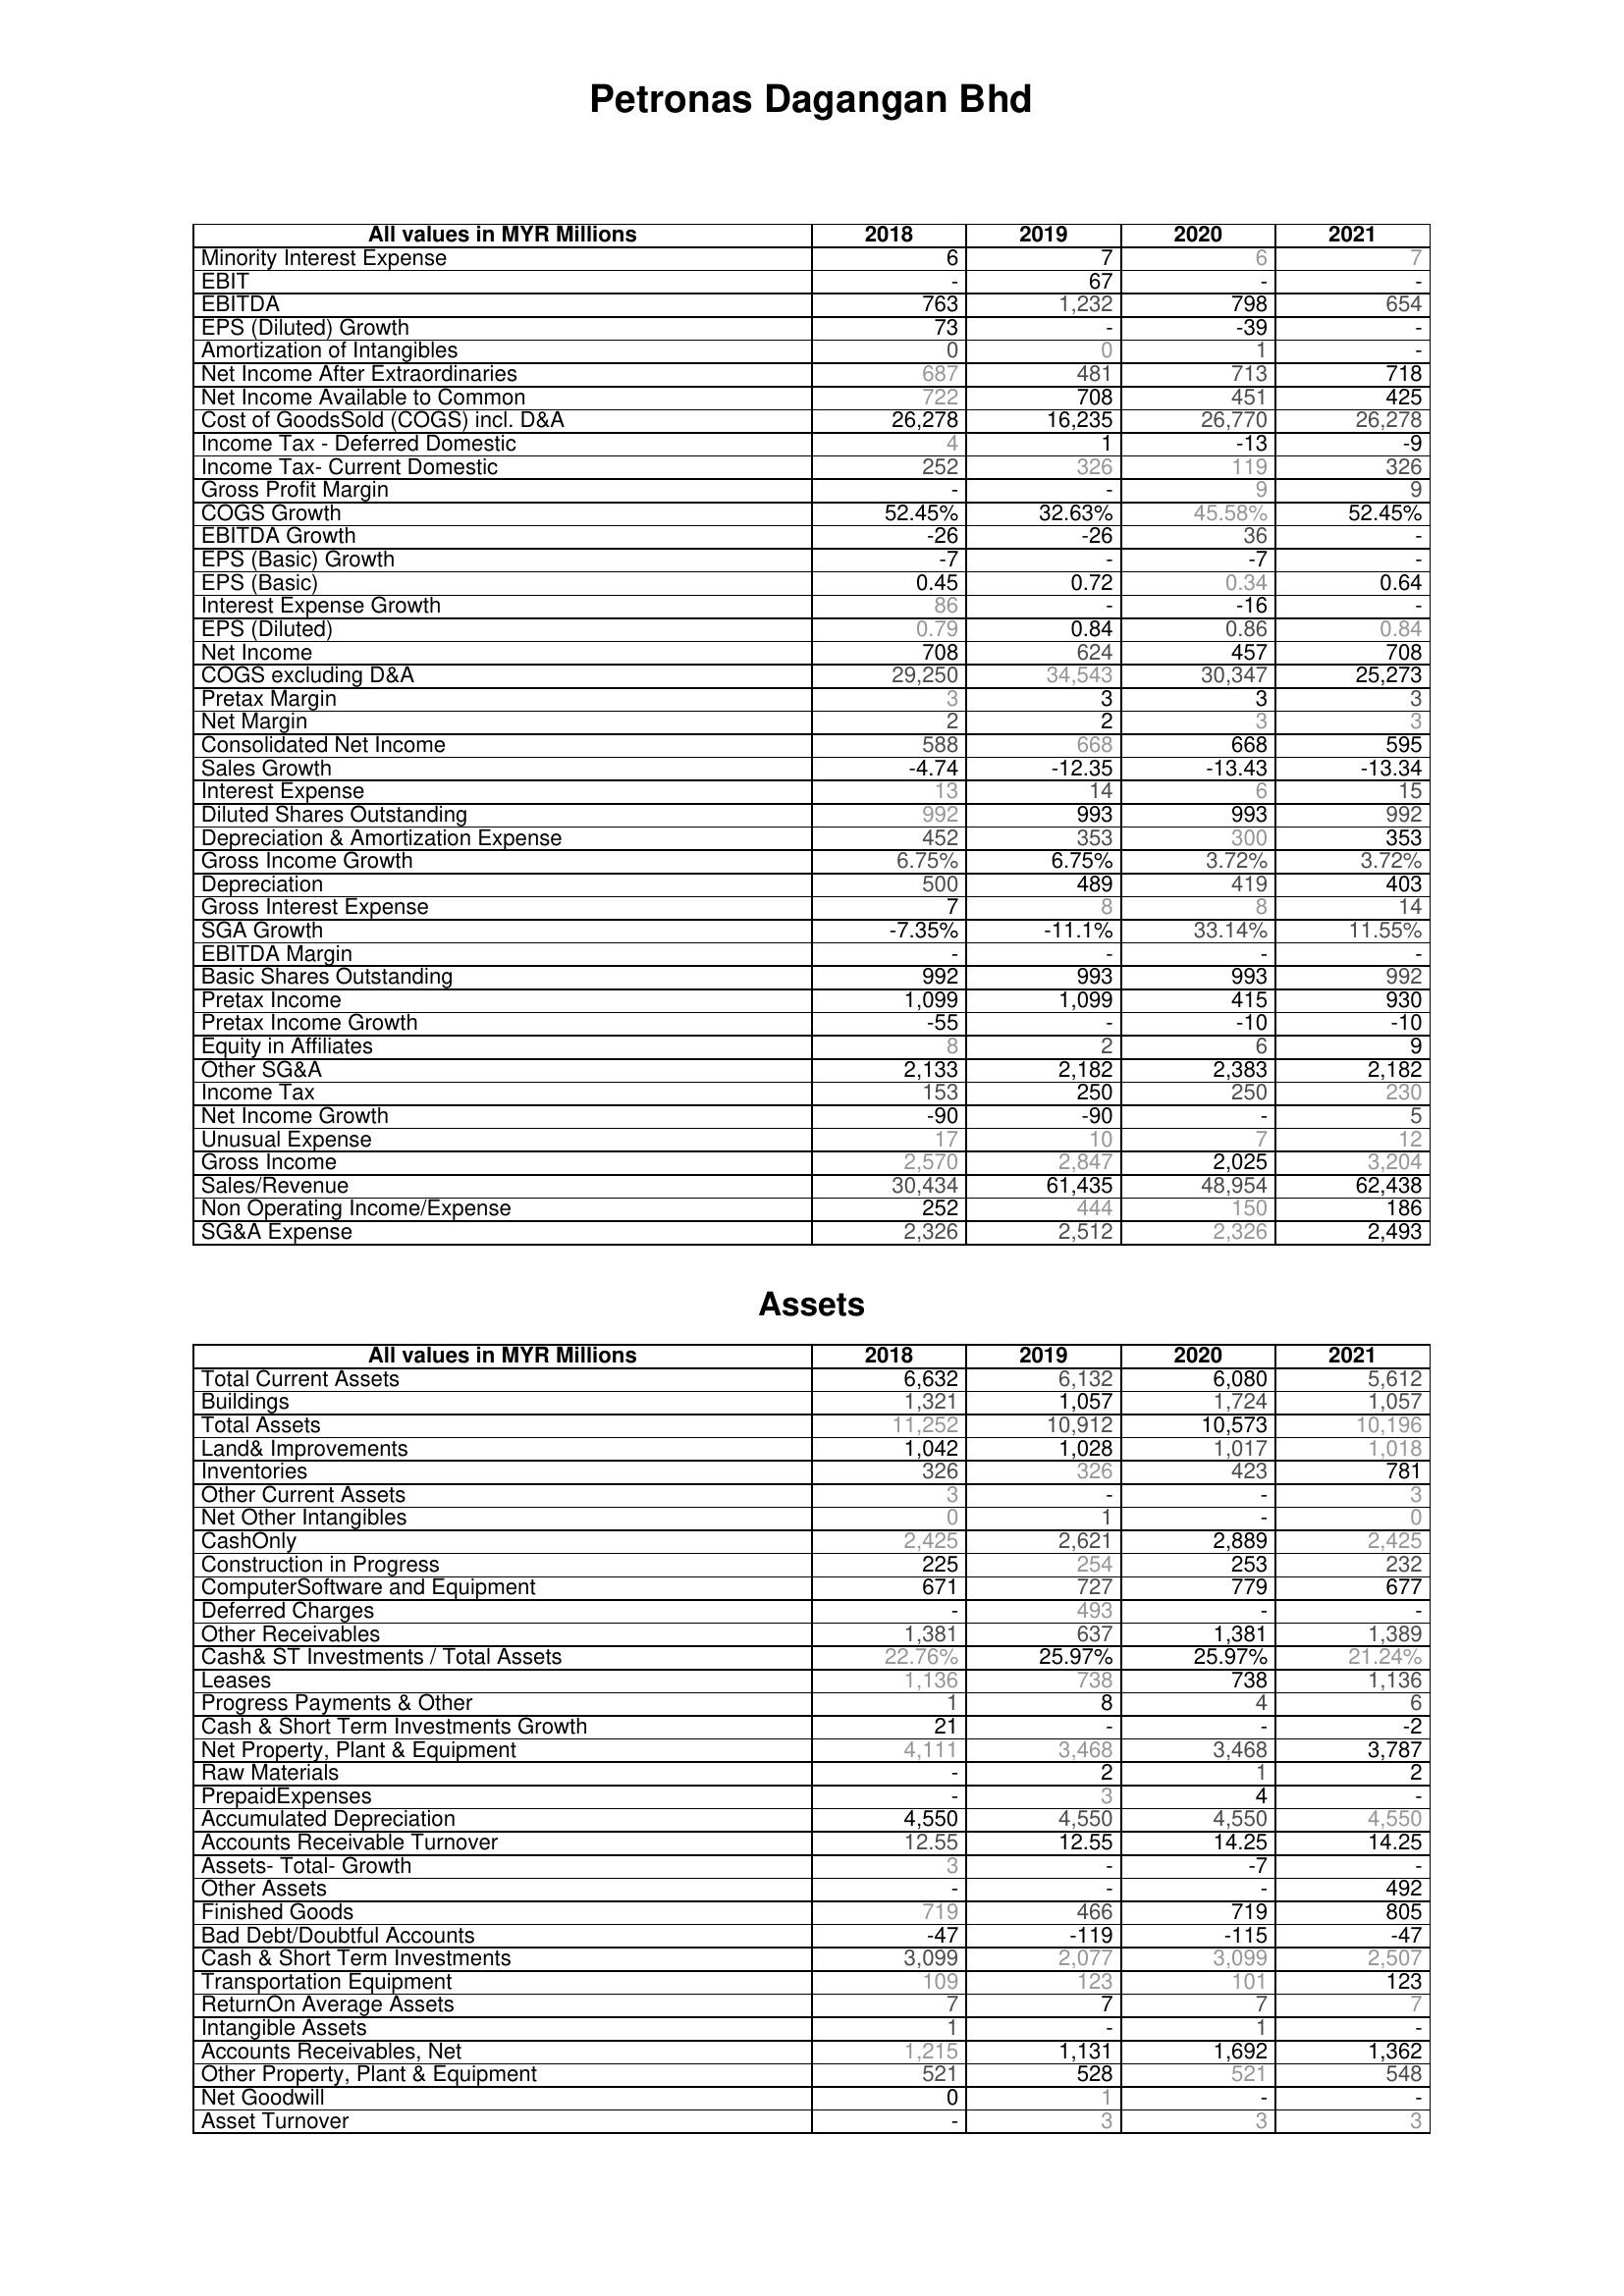
2018: : Minority Interest Expense: 6
EBIT: -
EBITDA: 763
EPS (Diluted) Growth: 73
Amortization of Intangibles: 0
Net Income After Extraordinaries: 687
Net Income Available to Common: 722
Cost of GoodsSold (COGS) incl. D&A: 26,278
Income Tax - Deferred Domestic: 4
Income Tax- Current Domestic: 252
Gross Profit Margin: -
COGS Growth: 52.45%
EBITDA Growth: -26
EPS (Basic) Growth: -7
EPS (Basic): 0.45
Interest Expense Growth: 86
EPS (Diluted): 0.79
Net Income: 708
COGS excluding D&A: 29,250
Pretax Margin: 3
Net Margin: 2
Consolidated Net Income: 588
Sales Growth: -4.74
Interest Expense: 13
Diluted Shares Outstanding: 992
Depreciation & Amortization Expense: 452
Gross Income Growth: 6.75%
Depreciation: 500
Gross Interest Expense: 7
SGA Growth: -7.35%
EBITDA Margin: -
Basic Shares Outstanding: 992
Pretax Income: 1,099
Pretax Income Growth: -55
Equity in Affiliates: 8
Other SG&A: 2,133
Income Tax: 153
Net Income Growth: -90
Unusual Expense: 17
Gross Income: 2,570
Sales/Revenue: 30,434
Non Operating Income/Expense: 252
SG&A Expense: 2,326
Assets: Total Current Assets: 6,632
Buildings: 1,321
Total Assets: 11,252
Land& Improvements: 1,042
Inventories: 326
Other Current Assets: 3
Net Other Intangibles: 0
CashOnly: 2,425
Construction in Progress: 225
ComputerSoftware and Equipment: 671
Deferred Charges: -
Other Receivables: 1,381
Cash& ST Investments / Total Assets: 22.76%
Leases: 1,136
Progress Payments & Other: 1
Cash & Short Term Investments Growth: 21
Net Property, Plant & Equipment: 4,111
Raw Materials: -
PrepaidExpenses: -
Accumulated Depreciation: 4,550
Accounts Receivable Turnover: 12.55
Assets- Total- Growth: 3
Other Assets: -
Finished Goods: 719
Bad Debt/Doubtful Accounts: -47
Cash & Short Term Investments: 3,099
Transportation Equipment: 109
ReturnOn Average Assets: 7
Intangible Assets: 1
Accounts Receivables, Net: 1,215
Other Property, Plant & Equipment: 521
Net Goodwill: 0
Asset Turnover: -
2019: : Minority Interest Expense: 7
EBIT: 67
EBITDA: 1,232
EPS (Diluted) Growth: -
Amortization of Intangibles: 0
Net Income After Extraordinaries: 481
Net Income Available to Common: 708
Cost of GoodsSold (COGS) incl. D&A: 16,235
Income Tax - Deferred Domestic: 1
Income Tax- Current Domestic: 326
Gross Profit Margin: -
COGS Growth: 32.63%
EBITDA Growth: -26
EPS (Basic) Growth: -
EPS (Basic): 0.72
Interest Expense Growth: -
EPS (Diluted): 0.84
Net Income: 624
COGS excluding D&A: 34,543
Pretax Margin: 3
Net Margin: 2
Consolidated Net Income: 668
Sales Growth: -12.35
Interest Expense: 14
Diluted Shares Outstanding: 993
Depreciation & Amortization Expense: 353
Gross Income Growth: 6.75%
Depreciation: 489
Gross Interest Expense: 8
SGA Growth: -11.1%
EBITDA Margin: -
Basic Shares Outstanding: 993
Pretax Income: 1,099
Pretax Income Growth: -
Equity in Affiliates: 2
Other SG&A: 2,182
Income Tax: 250
Net Income Growth: -90
Unusual Expense: 10
Gross Income: 2,847
Sales/Revenue: 61,435
Non Operating Income/Expense: 444
SG&A Expense: 2,512
Assets: Total Current Assets: 6,132
Buildings: 1,057
Total Assets: 10,912
Land& Improvements: 1,028
Inventories: 326
Other Current Assets: -
Net Other Intangibles: 1
CashOnly: 2,621
Construction in Progress: 254
ComputerSoftware and Equipment: 727
Deferred Charges: 493
Other Receivables: 637
Cash& ST Investments / Total Assets: 25.97%
Leases: 738
Progress Payments & Other: 8
Cash & Short Term Investments Growth: -
Net Property, Plant & Equipment: 3,468
Raw Materials: 2
PrepaidExpenses: 3
Accumulated Depreciation: 4,550
Accounts Receivable Turnover: 12.55
Assets- Total- Growth: -
Other Assets: -
Finished Goods: 466
Bad Debt/Doubtful Accounts: -119
Cash & Short Term Investments: 2,077
Transportation Equipment: 123
ReturnOn Average Assets: 7
Intangible Assets: -
Accounts Receivables, Net: 1,131
Other Property, Plant & Equipment: 528
Net Goodwill: 1
Asset Turnover: 3
2020: : Minority Interest Expense: 6
EBIT: -
EBITDA: 798
EPS (Diluted) Growth: -39
Amortization of Intangibles: 1
Net Income After Extraordinaries: 713
Net Income Available to Common: 451
Cost of GoodsSold (COGS) incl. D&A: 26,770
Income Tax - Deferred Domestic: -13
Income Tax- Current Domestic: 119
Gross Profit Margin: 9
COGS Growth: 45.58%
EBITDA Growth: 36
EPS (Basic) Growth: -7
EPS (Basic): 0.34
Interest Expense Growth: -16
EPS (Diluted): 0.86
Net Income: 457
COGS excluding D&A: 30,347
Pretax Margin: 3
Net Margin: 3
Consolidated Net Income: 668
Sales Growth: -13.43
Interest Expense: 6
Diluted Shares Outstanding: 993
Depreciation & Amortization Expense: 300
Gross Income Growth: 3.72%
Depreciation: 419
Gross Interest Expense: 8
SGA Growth: 33.14%
EBITDA Margin: -
Basic Shares Outstanding: 993
Pretax Income: 415
Pretax Income Growth: -10
Equity in Affiliates: 6
Other SG&A: 2,383
Income Tax: 250
Net Income Growth: -
Unusual Expense: 7
Gross Income: 2,025
Sales/Revenue: 48,954
Non Operating Income/Expense: 150
SG&A Expense: 2,326
Assets: Total Current Assets: 6,080
Buildings: 1,724
Total Assets: 10,573
Land& Improvements: 1,017
Inventories: 423
Other Current Assets: -
Net Other Intangibles: -
CashOnly: 2,889
Construction in Progress: 253
ComputerSoftware and Equipment: 779
Deferred Charges: -
Other Receivables: 1,381
Cash& ST Investments / Total Assets: 25.97%
Leases: 738
Progress Payments & Other: 4
Cash & Short Term Investments Growth: -
Net Property, Plant & Equipment: 3,468
Raw Materials: 1
PrepaidExpenses: 4
Accumulated Depreciation: 4,550
Accounts Receivable Turnover: 14.25
Assets- Total- Growth: -7
Other Assets: -
Finished Goods: 719
Bad Debt/Doubtful Accounts: -115
Cash & Short Term Investments: 3,099
Transportation Equipment: 101
ReturnOn Average Assets: 7
Intangible Assets: 1
Accounts Receivables, Net: 1,692
Other Property, Plant & Equipment: 521
Net Goodwill: -
Asset Turnover: 3
2021: : Minority Interest Expense: 7
EBIT: -
EBITDA: 654
EPS (Diluted) Growth: -
Amortization of Intangibles: -
Net Income After Extraordinaries: 718
Net Income Available to Common: 425
Cost of GoodsSold (COGS) incl. D&A: 26,278
Income Tax - Deferred Domestic: -9
Income Tax- Current Domestic: 326
Gross Profit Margin: 9
COGS Growth: 52.45%
EBITDA Growth: -
EPS (Basic) Growth: -
EPS (Basic): 0.64
Interest Expense Growth: -
EPS (Diluted): 0.84
Net Income: 708
COGS excluding D&A: 25,273
Pretax Margin: 3
Net Margin: 3
Consolidated Net Income: 595
Sales Growth: -13.34
Interest Expense: 15
Diluted Shares Outstanding: 992
Depreciation & Amortization Expense: 353
Gross Income Growth: 3.72%
Depreciation: 403
Gross Interest Expense: 14
SGA Growth: 11.55%
EBITDA Margin: -
Basic Shares Outstanding: 992
Pretax Income: 930
Pretax Income Growth: -10
Equity in Affiliates: 9
Other SG&A: 2,182
Income Tax: 230
Net Income Growth: 5
Unusual Expense: 12
Gross Income: 3,204
Sales/Revenue: 62,438
Non Operating Income/Expense: 186
SG&A Expense: 2,493
Assets: Total Current Assets: 5,612
Buildings: 1,057
Total Assets: 10,196
Land& Improvements: 1,018
Inventories: 781
Other Current Assets: 3
Net Other Intangibles: 0
CashOnly: 2,425
Construction in Progress: 232
ComputerSoftware and Equipment: 677
Deferred Charges: -
Other Receivables: 1,389
Cash& ST Investments / Total Assets: 21.24%
Leases: 1,136
Progress Payments & Other: 6
Cash & Short Term Investments Growth: -2
Net Property, Plant & Equipment: 3,787
Raw Materials: 2
PrepaidExpenses: -
Accumulated Depreciation: 4,550
Accounts Receivable Turnover: 14.25
Assets- Total- Growth: -
Other Assets: 492
Finished Goods: 805
Bad Debt/Doubtful Accounts: -47
Cash & Short Term Investments: 2,507
Transportation Equipment: 123
ReturnOn Average Assets: 7
Intangible Assets: -
Accounts Receivables, Net: 1,362
Other Property, Plant & Equipment: 548
Net Goodwill: -
Asset Turnover: 3